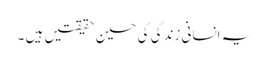
یہ انسانی زندگی کی حسین حقیقتیں ہیں ۔